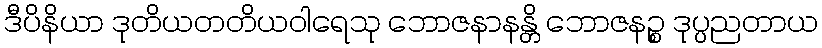
ဒီပိနိယာ ဒုတိယတတိယဝါရေသု ဘောဇနာနန္တိ ဘောဇနဉ္စ ဒုပ္ပညတာယ